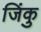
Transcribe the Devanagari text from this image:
जिंकु